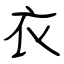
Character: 衣